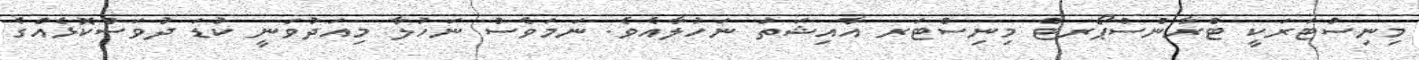
މިނިސްޓަރަކީ ޓްރާންސްޕޯރޓް މިނިސްޓަރ އާއިޝަތު ނަހުލާއެވެ. ނަމަވެސް ނަހުލާ މިއަދުވަނީ ކުޑަ ދުވަސްކޮޅެއްގެ